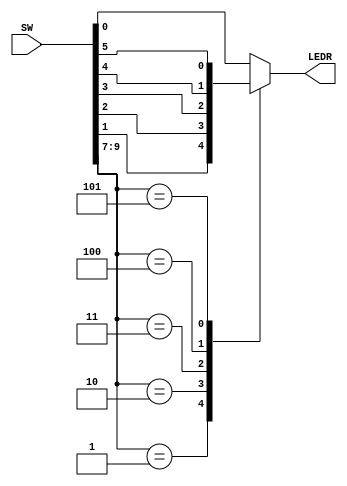
//Vedant Prajapati
//6:1 Multiplexor
//6 different inputs give have 3 selector switches that return one of the outputs

module lab3part1v2(input [9:0]SW, output [0:0]LEDR);
	reg Out;
	always @(*) // declare always block
	begin // declare the output signal for the always block
		case (SW[9:7])
			3'b000: Out = SW[0];
			3'b001: Out = SW[1];
			3'b010: Out = SW[2];
			3'b011: Out = SW[3]; 
			3'b100: Out = SW[4];
			3'b101: Out = SW[5];	
			default: Out = SW[0];
		endcase
	end
	assign LEDR[0] = Out;
endmodule